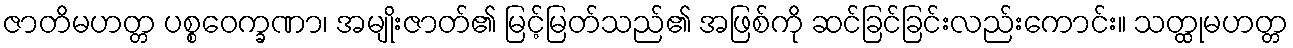
ဇာတိမဟတ္တ ပစ္စဝေက္ခဏာ၊ အမျိုးဇာတ်၏ မြင့်မြတ်သည်၏ အဖြစ်ကို ဆင်ခြင်ခြင်းလည်းကောင်း။ သတ္ထုမဟတ္တ